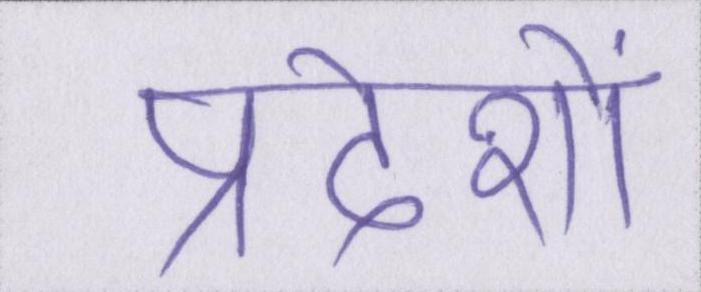
प्रदेशों